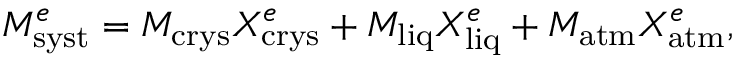
M _ { \mathrm { s y s t } } ^ { e } = M _ { \mathrm { c r y s } } X _ { \mathrm { c r y s } } ^ { e } + M _ { \mathrm { l i q } } X _ { \mathrm { l i q } } ^ { e } + M _ { \mathrm { a t m } } X _ { \mathrm { a t m } } ^ { e } ,